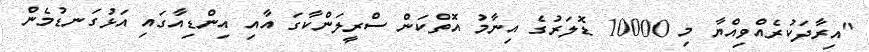
"އިރާދަކުރެއްވިއްޔާ މި 10000 ޑޮލަރުގެ އިނާމު އޮތްކަން ސްރީލަންކާގަ އާއި އިންޑިއާގައި އަޅުގަނޑުމެން